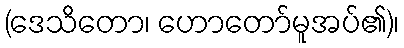
(ဒေသိတော၊ ဟောတော်မူအပ်၏)၊